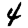
Digit: 4